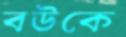
বউকে